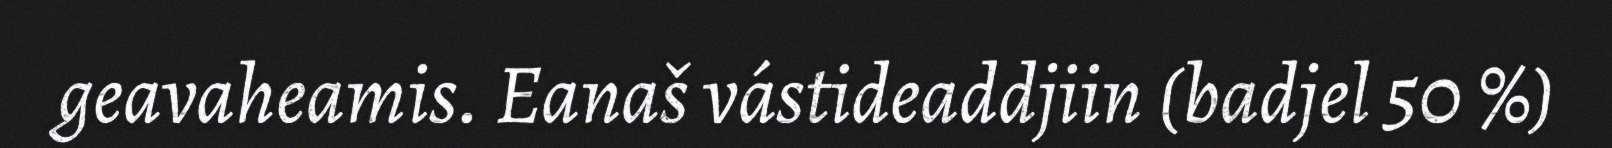
geavaheamis. Eanaš vástideaddjiin (badjel 50 %)